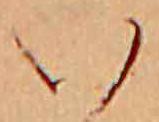
い